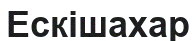
Ескішахар